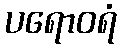
ပရောဝရံ